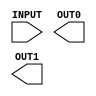
////////////////////////////////////////////////////////////////////////////////
//
//       This confidential and proprietary software may be used only
//     as authorized by a licensing agreement from Synopsys Inc.
//     In the event of publication, the following notice is applicable:
//
//                    (C) COPYRIGHT 2000  - 2023 SYNOPSYS INC.
//                           ALL RIGHTS RESERVED
//
//       The entire notice above must be reproduced on all authorized
//     copies.
//
//
// VERSION:   Verilog Simulation Model for DW02_tree
//
// DesignWare_version: 414f65dd
// DesignWare_release: U-2022.12-DWBB_202212.5
//
////////////////////////////////////////////////////////////////////////////////

//-----------------------------------------------------------------------------------
//
// ABSTRACT:  Wallace Tree Summer with Carry Save output
//
// MODIFIED:
//
//      RJK  12/14/2021    Eliminated excessive pragmas in order
//                         to enable vlogan analysis of simulation
//                         models (STAR 3988003)
//
//            Aamir Farooqui 7/11/02
//            Corrected parameter checking, simplied sim model, and X_processing
//
//------------------------------------------------------------------------------
//

`ifdef VCS
`include "vcs/DW02_tree.v"
`else

module DW02_tree( INPUT, OUT0, OUT1 );

// parameters
parameter integer num_inputs = 8;
parameter integer input_width = 8;
parameter integer verif_en = 1;

//-----------------------------------------------------------------------------
// ports
input [num_inputs*input_width-1 : 0]	INPUT;
output [input_width-1:0]		OUT0, OUT1;

//-----------------------------------------------------------------------------
// synopsys translate_off
reg    [input_width-1:0]		OII0OOOI, O001l0I0;

//-----------------------------------------------------------------------------
  
 
  initial begin : parameter_check
    integer param_err_flg;

    param_err_flg = 0;
    
    
    if (num_inputs < 1) begin
      param_err_flg = 1;
      $display(
	"ERROR: %m :\n  Invalid value (%d) for parameter num_inputs (lower bound: 1)",
	num_inputs );
    end
    
    if (input_width < 1) begin
      param_err_flg = 1;
      $display(
	"ERROR: %m :\n  Invalid value (%d) for parameter input_width (lower bound: 1)",
	input_width );
    end
    
    if ( (verif_en < 0) || (verif_en > 1) ) begin
      param_err_flg = 1;
      $display(
	"ERROR: %m :\n  Invalid value (%d) for parameter verif_en (legal range: 0 to 1)",
	verif_en );
    end
  
    if ( param_err_flg == 1) begin
      $display(
        "%m :\n  Simulation aborted due to invalid parameter value(s)");
      $finish;
    end

  end // parameter_check 


`ifndef DW_SUPPRESS_WARN
  initial begin : verif_en_warning
    $display("The parameter verif_en is set to 0 for this simulator.\nOther values for verif_en are enabled only for VCS.");
  end // verif_en_warning
`endif

//-----------------------------------------------------------------------------



always @ (INPUT) begin : IIIIO1Ol
  reg [input_width-1 : 0] I0lII01I [0 : num_inputs-1];
  reg [input_width-1 : 0] l10III00 [0 : num_inputs-1];
  reg [input_width-1 : 0] IIIO00Ol, lI0OII0O;
  integer I1I1O00I, O1OIIOII, IlI01lIO;

  for (O1OIIOII=0 ; O1OIIOII < num_inputs ; O1OIIOII=O1OIIOII+1) begin
    for (IlI01lIO=0 ; IlI01lIO < input_width ; IlI01lIO=IlI01lIO+1) begin
      IIIO00Ol[IlI01lIO] = INPUT[O1OIIOII*input_width+IlI01lIO];
    end // for IlI01lIO
    I0lII01I[O1OIIOII] = IIIO00Ol;
  end // for O1OIIOII

  I1I1O00I = num_inputs;

  while (I1I1O00I > 2)
  begin
    for (O1OIIOII=0 ; O1OIIOII < (I1I1O00I/3) ; O1OIIOII = O1OIIOII+1) begin
      l10III00[O1OIIOII*2] = I0lII01I[O1OIIOII*3] ^ I0lII01I[O1OIIOII*3+1] ^ I0lII01I[O1OIIOII*3+2];

      lI0OII0O = (I0lII01I[O1OIIOII*3] & I0lII01I[O1OIIOII*3+1]) |
                     (I0lII01I[O1OIIOII*3+1] & I0lII01I[O1OIIOII*3+2]) |
                     (I0lII01I[O1OIIOII*3] & I0lII01I[O1OIIOII*3+2]);

      l10III00[O1OIIOII*2+1] = lI0OII0O << 1;
    end
    if ((I1I1O00I % 3) > 0) begin
      for (O1OIIOII=0 ; O1OIIOII < (I1I1O00I % 3) ; O1OIIOII = O1OIIOII + 1)
        l10III00[2 * (I1I1O00I/3) + O1OIIOII] = I0lII01I[3 * (I1I1O00I/3) + O1OIIOII];
    end

    for (O1OIIOII=0 ; O1OIIOII < num_inputs ; O1OIIOII = O1OIIOII + 1)
      I0lII01I[O1OIIOII] = l10III00[O1OIIOII];
    I1I1O00I = I1I1O00I - (I1I1O00I/3);
  end
  OII0OOOI = I0lII01I[0];
  if (I1I1O00I > 1)
    O001l0I0 = I0lII01I[1];
  else
    O001l0I0 = {input_width{1'b0}};
end // IIIIO1Ol


assign OUT0 = (^(INPUT ^ INPUT) !== 1'b0) ? {input_width{1'bx}} : OII0OOOI;
assign OUT1 = (^(INPUT ^ INPUT) !== 1'b0) ? {input_width{1'bx}} : O001l0I0;

// synopsys translate_on

endmodule
`endif